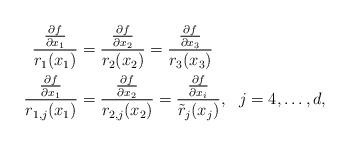
LaTeX: \begin{align*}\frac{\tfrac{\partial f}{\partial x_1}}{r_1(x_1)}&=\frac{\tfrac{\partial f}{\partial x_2}}{r_2(x_2)}=\frac{\tfrac{\partial f}{\partial x_3}}{r_3(x_3)}\\\frac{\tfrac{\partial f}{\partial x_1}}{r_{1,j}(x_1)}&=\frac{\tfrac{\partial f}{\partial x_2}}{r_{2,j}(x_2)}=\frac{\tfrac{\partial f}{\partial x_i}}{\tilde r_j(x_j)},~~j=4,\ldots,d,\end{align*}